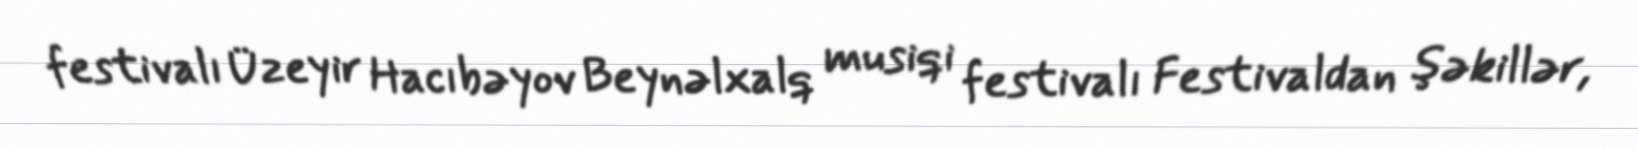
festivalı Üzeyir Hacıbəyov Beynəlxalq musiqi festivalı Festivaldan şəkillər,